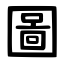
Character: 圖